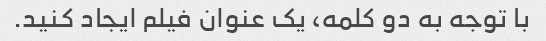
با توجه به دو کلمه، یک عنوان فیلم ایجاد کنید.